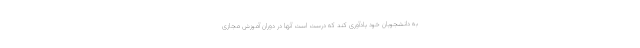
به دانشجویان خود یادآوری کند که درست است آنها در دوران آموزش مجازی